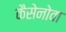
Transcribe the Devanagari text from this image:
कैसेनोवा